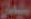
سليمان